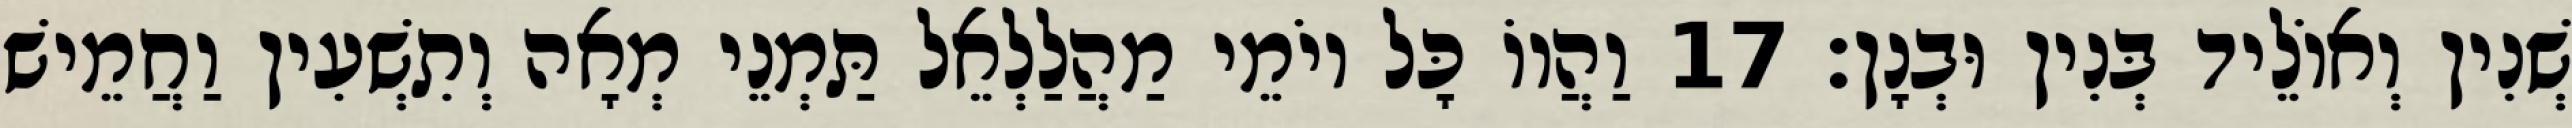
שְׁנִין וְאוֹלֵיד בְּנִין וּבְנָן׃ 17 וַהֲווֹ כָּל יוֹמֵי מַהֲלַלְאֵל תַּמְנֵי מְאָה וְתִשְׁעִין וַחֲמֵישׁ